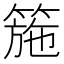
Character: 箷